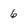
Character: 6